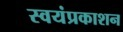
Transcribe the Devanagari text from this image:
स्वयंप्रकाशन